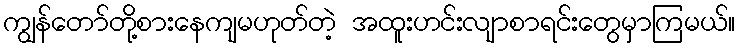
ကျွန်တော်တို့စားနေကျမဟုတ်တဲ့ အထူးဟင်းလျာစာရင်းတွေမှာကြမယ်။